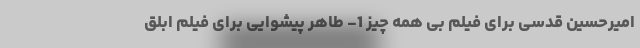
امیرحسین قدسی برای فیلم بی همه چیز 1- طاهر پیشوایی برای فیلم ابلق